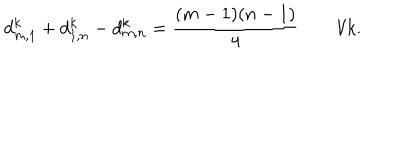
d _ { m , 1 } ^ { k } + d _ { 1 , n } ^ { k } - d _ { m , n } ^ { k } = \frac { ( m - 1 ) ( n - 1 ) } { 4 } \qquad \forall k .